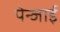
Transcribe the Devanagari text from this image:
पेन्जाई